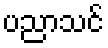
ပညာသင်